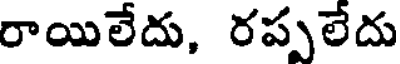
రాయిలేదు, రప్పలేదు